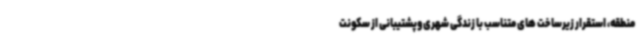
منطقه، استقرار زیرساخت های متناسب با زندگی شهری وپشتیبانی از سکونت